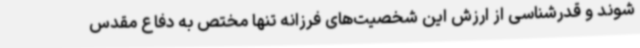
شوند و قدرشناسی از ارزش این شخصیت‌های فرزانه تنها مختص به دفاع مقدس